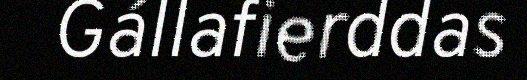
Gállafierddas